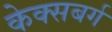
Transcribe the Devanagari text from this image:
केक्सबर्ग